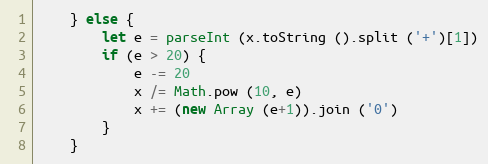
Language: JavaScript
    } else {
        let e = parseInt (x.toString ().split ('+')[1])
        if (e > 20) {
            e -= 20
            x /= Math.pow (10, e)
            x += (new Array (e+1)).join ('0')
        }
    }